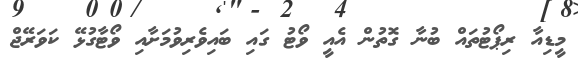
މީޑިއާ ރިޕޯޓުތައް ބުނާ ގޮތުން އެއީ ވޯޓު ގައި ބައިވެރިވުމަށާއި ވޯޓާގުޅޭ ކަވަރޭޖް